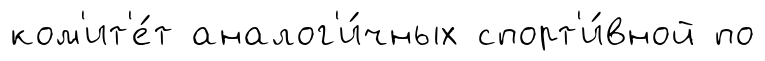
ком'ит'е́т аналог'и́чных спорт'и́вной по